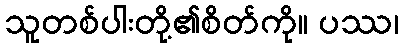
သူတစ်ပါးတို့၏စိတ်ကို။ ပဿ၊